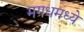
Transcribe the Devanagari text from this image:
मगधमध्ये